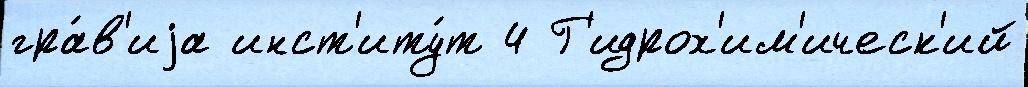
гра́в'иjа инст'иту́т 4 Г'идрох'им'ическ'ий